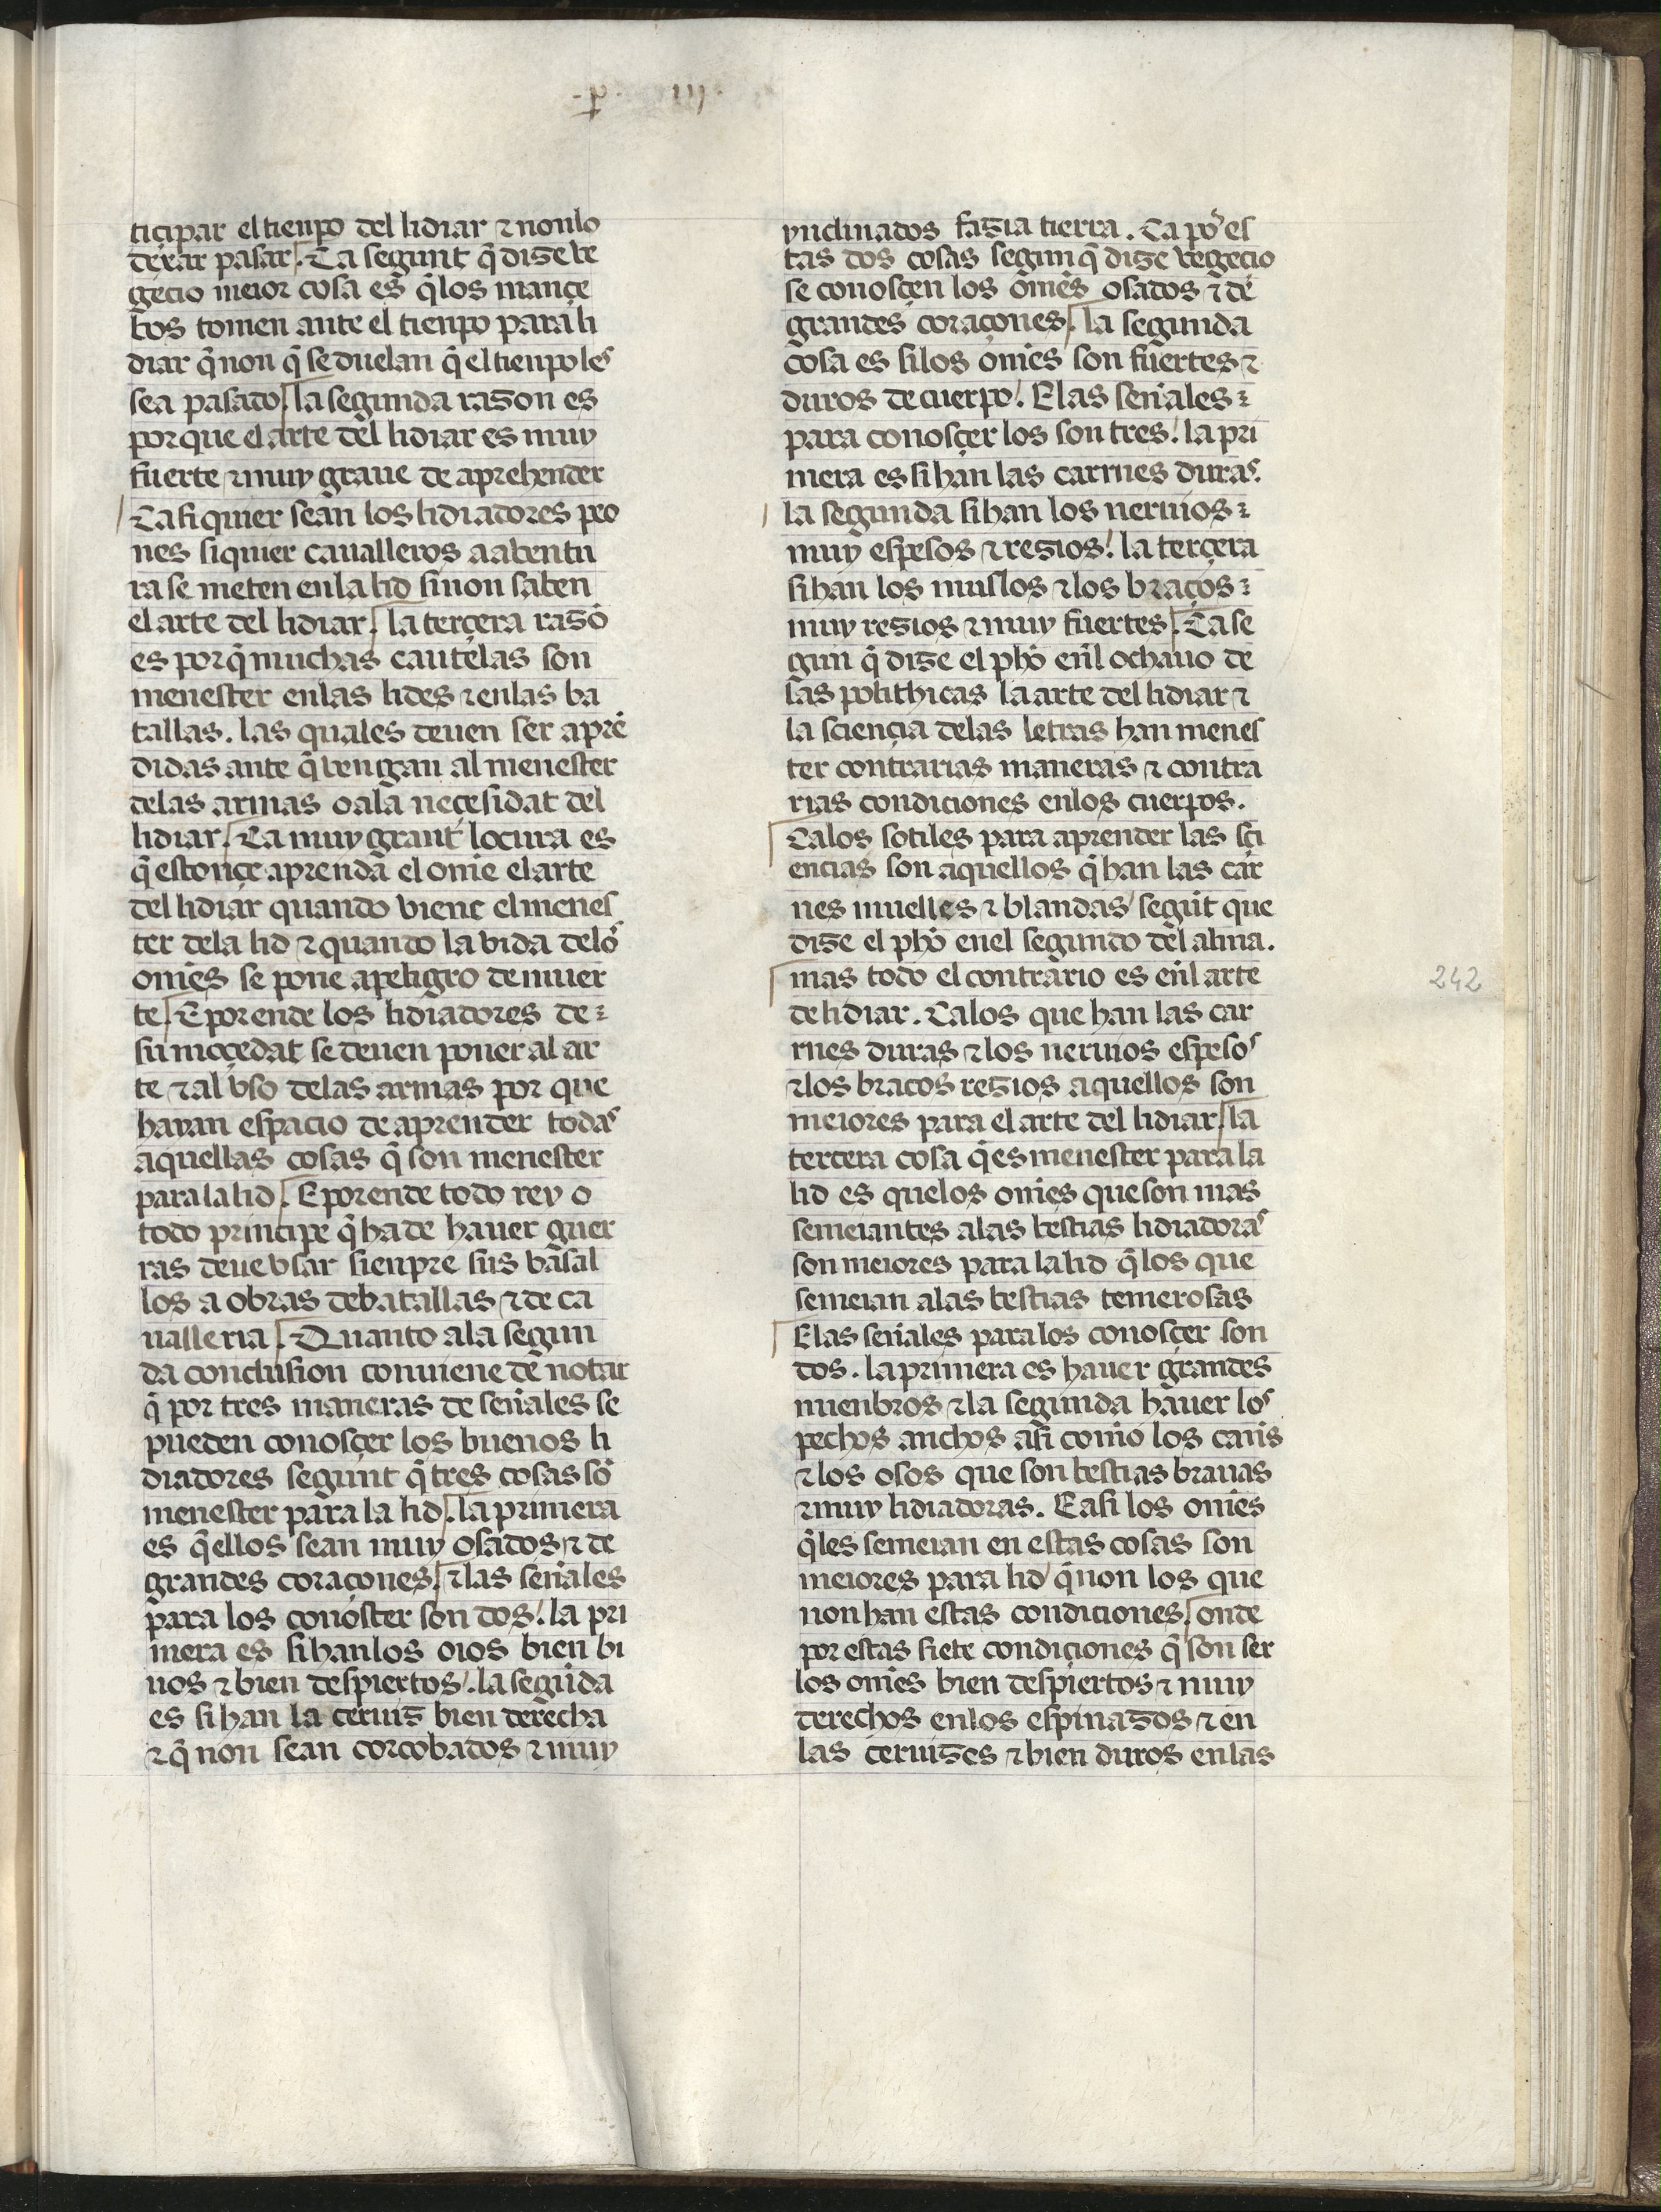
Shelfmark: Madrid, Fundación Lázaro Galdiano, mss 289
Century: 15